Leaving Certificate Examination, 1903
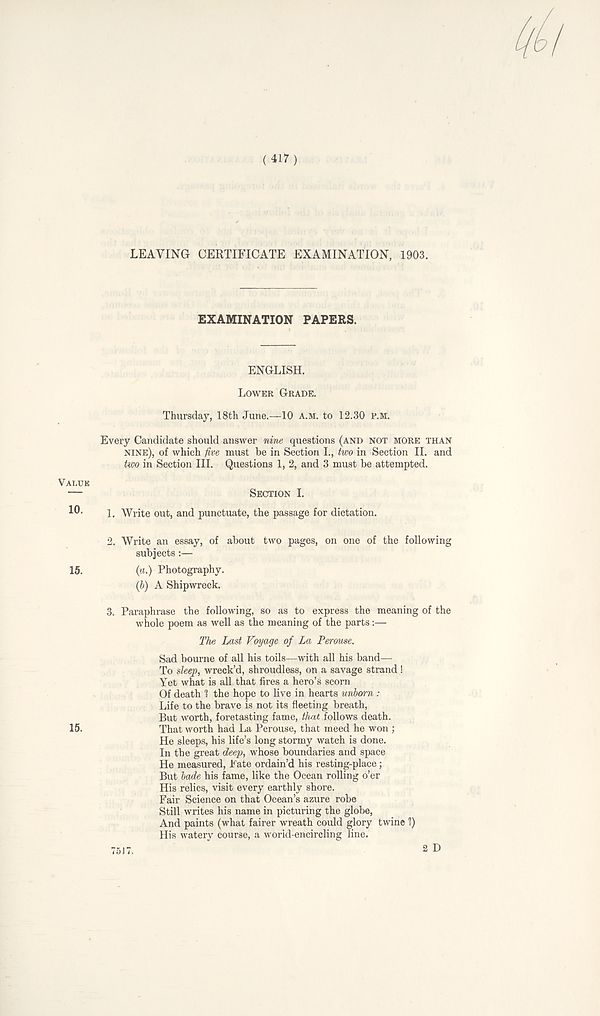
(417)
LEAVING CERTIFICATE EXAMINATION, 1903.
EXAMINATION PAPERS.
ENGLISH.
LOWER GRADE.
Thursday, 18th June.—10 A.M. to 12.30 P.M.
Every Candidate should answer nine questions (AND NOT MORE THAN
NINE), of which jive must be in Section L, two in Section II. and
two in Section III. Questions 1, 2, and 3 must be attempted.
VALUE
10.
SECTION I.
1.
Write out, and punctuate, the passage for dictation
2.
Write an essay, of about two pages, on one o
subjects:—
15.
(».) Photography.
(b) A Shipwreck.
3.
Paraphrase the following, so as to express the
whole poem as well as the meaning of the parts:—
The Last Voyage of La Perouse.
Sad bourne of all his toils—with all his band—
To sleep, wreck’d, shroudless, on a savage strand!
Yet what is all that fires a hero’s scorn
Of death 1 the hope to live in hearts unborn :
Life to the brave is not its fleeting breath,
But worth, foretasting fame, that follows death.
15.
That worth had La Perouse, that meed he won ;
He sleeps, his life’s long stormy watch is done.
In the great deep, whose boundaries and space
He measured, l ate ordain’d his resting-place;
But bade his fame, like the Ocean rolling o’er
His relics, visit every earthly shore.
Fair Science on that Ocean’s azure robe
Still writes his name in picturing the globe,
And paints (what fairer wreath could glory twine \)
His watery course, a world-encircling line.
7517.
2 D